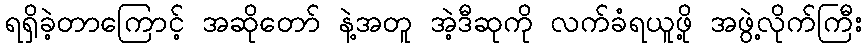
ရရှိခဲ့တာကြောင့် အဆိုတော် နဲ့အတူ အဲ့ဒီဆုကို လက်ခံရယူဖို့ အဖွဲ့လိုက်ကြီး